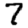
Digit: 7